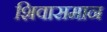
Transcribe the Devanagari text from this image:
शिवासमान